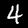
Label: 4